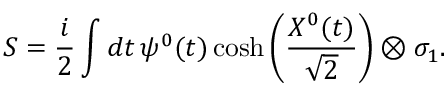
S = \frac { i } { 2 } \int d t \, \psi ^ { 0 } ( t ) \cosh \left( \frac { X ^ { 0 } ( t ) } { \sqrt { 2 } } \right) \otimes \sigma _ { 1 } .